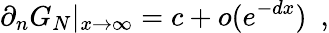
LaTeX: \partial_{n}G_{N}|_{x\rightarrow\infty}=c+o(e^{-dx})~~,